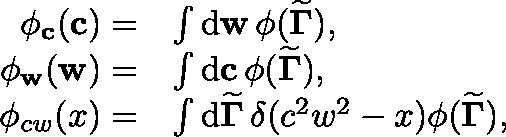
\begin{array} { r l } { \phi _ { \mathbf { c } } ( \mathbf { c } ) = } & { \int \mathrm { d } \mathbf { w } \, \phi ( { \widetilde { \mathbf { \Gamma } } } ) , } \\ { \phi _ { \mathbf { w } } ( \mathbf { w } ) = } & { \int \mathrm { d } \mathbf { c } \, \phi ( { \widetilde { \mathbf { \Gamma } } } ) , } \\ { \phi _ { c w } ( x ) = } & { \int \mathrm { d } { \widetilde { \mathbf { \Gamma } } } \, \delta ( c ^ { 2 } w ^ { 2 } - x ) \phi ( { \widetilde { \mathbf { \Gamma } } } ) , } \end{array}